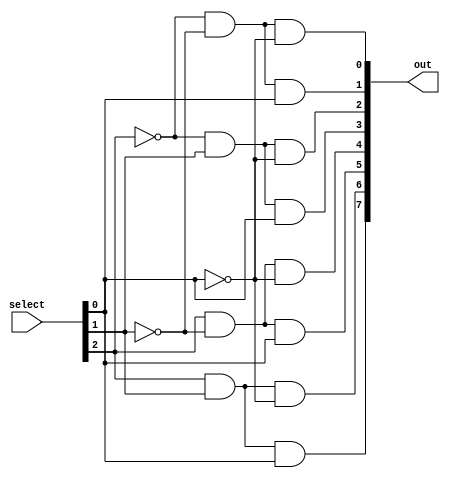
`timescale 1ns / 1ps
//////////////////////////////////////////////////////////////////////////////////
// Company: 
// Engineer: 
// 
// Design Name: 
// Module Name: 
// Project Name: 
// Target Devices: 
// Tool Versions: 
// Description: 
// 
// Dependencies: 
// 
// Revision:
// Revision 0.01 - File Created
// Additional Comments:
// 
//////////////////////////////////////////////////////////////////////////////////
module decoder(input[2:0] select, output[7:0] out);
    assign out[0] = ~select[2] & ~select[1] & ~select[0];
    assign out[1] = ~select[2] & ~select[1] & select[0];
    assign out[2] = ~select[2] & select[1] & ~select[0];
    assign out[3] = ~select[2] & select[1] & select[0];
    assign out[4] = select[2] & ~select[1] & ~select[0];
    assign out[5] = select[2] & ~select[1] & select[0];
    assign out[6] = select[2] & select[1] & ~select[0];
    assign out[7] = select[2] & select[1] & select[0];
endmodule

module tristate_buffer(input[7:0] I, input EN, output[7:0] O);
    //wire[7:0] high_impedence = 8'bz;
    
    /*when EN = 1 (I & 1) = I , (z & 0) = 0, I | 0 = I
    when EN = 0 (I & 0) = 0, (z & 1) = z, 0 | z = z */
    
   // assign O = (I & {8{EN}}) | (high_impedence & ~{8{EN}});
   assign O = (EN == 1)? I : 8'bz;
    
endmodule

module bus_8bits(input[7:0] data1, input[7:0]data2, input sel, output[7:0] out);
    tristate_buffer buffer1(data1, ~sel, out);
    tristate_buffer buffer2(data2, sel, out);
endmodule

module part2(input[7:0] data1, input[7:0]data2, input sel, output[7:0] out1, output[7:0] out2);
    //itermediate wires
    wire[7:0] bus_out;
    
    bus_8bits bus(data1, data2, sel, bus_out);
    tristate_buffer buffer1(bus_out, ~sel, out1);
    tristate_buffer buffer2(bus_out, sel, out2);
endmodule

module memory_line(input[7:0] data, input reset, input line_select, 
                   input read, input write, input clk, output[7:0] out);
      //register to store data
      reg[7:0] data_register;
      
      //intermediate wires
      wire[7:0] input_data;
      
      //buffer to connect input data to memory on write and line_select signals
      tristate_buffer input_buffer(data, write & line_select, input_data);
      
      //write operation
      always@(posedge clk) begin
        data_register = (input_data & {8{write & line_select}}) | (data_register & {8{~(write & line_select)}});
      end
      
      //clear operation
      always@(negedge reset) begin
        data_register = 8'b0;
      end
      
      //buffer to connect reg data to output line 
      tristate_buffer out_buffer(data_register, read & line_select, out);
                   
endmodule

module memory_8B(input[7:0] data, input[2:0] address, input chip_sel, input reset, 
              input read, input write, input clk, output[7:0] out);
    //intermediate wires
    wire[7:0] line_sel;
    //decoder 
    decoder decode_address(address, line_sel);
    
    //memory lines
    memory_line word1(data, reset, line_sel[0] & chip_sel, read, write, clk, out);
    memory_line word2(data, reset, line_sel[1] & chip_sel, read, write, clk, out);
    memory_line word3(data, reset, line_sel[2] & chip_sel, read, write, clk, out);
    memory_line word4(data, reset, line_sel[3] & chip_sel, read, write, clk, out);
    memory_line word5(data, reset, line_sel[4] & chip_sel, read, write, clk, out);
    memory_line word6(data, reset, line_sel[5] & chip_sel, read, write, clk, out);
    memory_line word7(data, reset, line_sel[6] & chip_sel, read, write, clk, out);
    memory_line word8(data, reset, line_sel[7] & chip_sel, read, write, clk, out);
endmodule

module memory_32B(input[7:0] data, input[4:0] address, input reset, 
                  input read, input write, input clk, output[7:0] out);
                  
    //intermediate wires
    wire[1:0] chip_sel = address[4:3];
    wire[2:0] line_sel = address[2:0];
    
    memory_8B chip1(data, line_sel, ~chip_sel[1] & ~chip_sel[0], reset, read, write, clk, out);
    memory_8B chip2(data, line_sel, ~chip_sel[1] & chip_sel[0], reset, read, write, clk, out);
    memory_8B chip3(data, line_sel, chip_sel[1] & ~chip_sel[0], reset, read, write, clk, out);
    memory_8B chip4(data, line_sel, chip_sel[1] & chip_sel[0], reset, read, write, clk, out);
endmodule

module memory_128B(input[31:0] data, input[4:0] address, input reset, 
                  input read, input write, input clk, output[31:0] out);

    //intermediate wires
    wire[7:0] input_byte1, input_byte2, input_byte3, input_byte4;
    wire[7:0] output_byte1, output_byte2, output_byte3, output_byte4;
    
    //store each byte of the 32 bits separately
    assign input_byte1 = data[7:0];
    assign input_byte2 = data[15:8];
    assign input_byte3 = data[23:16];
    assign input_byte4 = data[31:24];
    
    memory_32B memory1(input_byte1, address, reset, read, write, clk, output_byte1);
    memory_32B memory2(input_byte2, address, reset, read, write, clk, output_byte2);
    memory_32B memory3(input_byte3, address, reset, read, write, clk, output_byte3);
    memory_32B memory4(input_byte4, address, reset, read, write, clk, output_byte4);
    
    assign out = {output_byte4, output_byte3, output_byte2, output_byte1};
endmodule